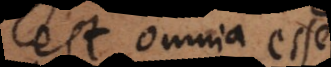
est omnia esse